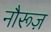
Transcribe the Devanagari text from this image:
नौरूज़